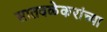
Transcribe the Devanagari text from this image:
सातवळेकरांच्या